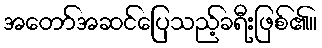
အတော်အဆင်ပြေသည့်ခရီးဖြစ်၏။